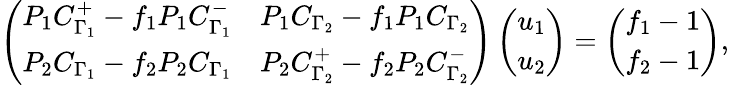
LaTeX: \left(\begin{array}{ll}{P_{1}C_{\Gamma_{1}}^{+}-f_{1}P_{1}C_{\Gamma_{1}}^{-}}&{P_{1}C_{\Gamma_{2}}-f_{1}P_{1}C_{\Gamma_{2}}}\\ {P_{2}C_{\Gamma_{1}}-f_{2}P_{2}C_{\Gamma_{1}}}&{P_{2}C_{\Gamma_{2}}^{+}-f_{2}P_{2}C_{\Gamma_{2}}^{-}}\end{array}\right)\left(\begin{array}{l}{u_{1}}\\ {u_{2}}\end{array}\right)=\left(\begin{array}{l}{f_{1}-1}\\ {f_{2}-1}\end{array}\right),